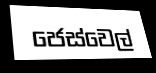
ජෙස්වෙල්